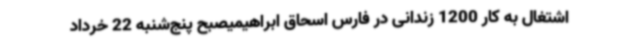
اشتغال به کار 1200 زندانی در فارس اسحاق ابراهیمیصبح پنج‌شنبه 22 خرداد